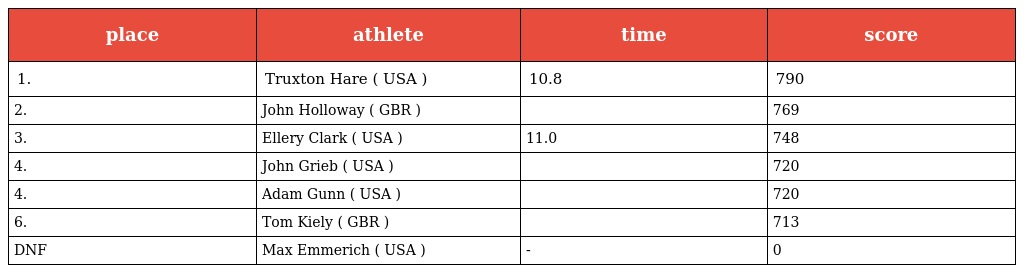
| place | athlete | time | score |
 | --- | --- | --- | --- |
 | 1. | Truxton Hare ( USA ) | 10.8 | 790 |
 | 2. | John Holloway ( GBR ) |  | 769 |
 | 3. | Ellery Clark ( USA ) | 11.0 | 748 |
 | 4. | John Grieb ( USA ) |  | 720 |
 | 4. | Adam Gunn ( USA ) |  | 720 |
 | 6. | Tom Kiely ( GBR ) |  | 713 |
 | DNF | Max Emmerich ( USA ) | - | 0 |